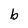
Character: b